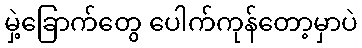
မှဲ့ခြောက်တွေ ပေါက်ကုန်တော့မှာပဲ